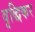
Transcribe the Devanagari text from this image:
वृद्धिकर